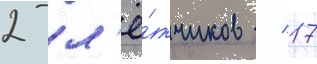
2 л'ё́тчиков / 17